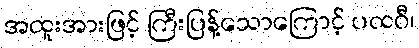
အထူးအားဖြင့် ကြီးပြန့်သောကြောင့် ပထဝီ၊